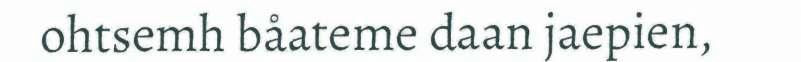
ohtsemh båateme daan jaepien,